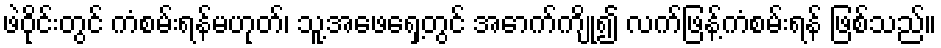
ဖဲဝိုင်းတွင် ကံစမ်းရန်မဟုတ်၊ သူ့အဖေရှေ့တွင် အောက်ကျို့၍ လက်ဖြန့်ကံစမ်းရန် ဖြစ်သည်။